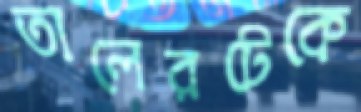
তালেরটেকে